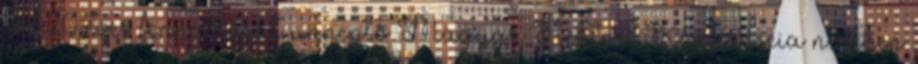
A 20 éves fennállását ünneplô Magyar Rektori Konferencia nevében